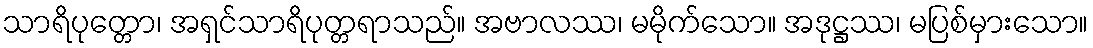
သာရိပုတ္တော၊ အရှင်သာရိပုတ္တရာသည်။ အဗာလဿ၊ မမိုက်သော။ အဒုဋ္ဌဿ၊ မပြစ်မှားသော။